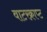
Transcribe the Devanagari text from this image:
वाटरक्राप्ट